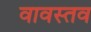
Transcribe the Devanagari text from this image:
वावस्तव